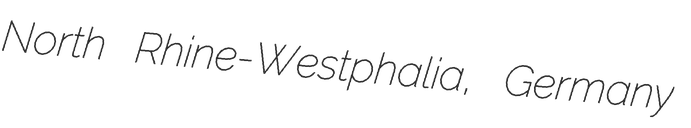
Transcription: North Rhine-Westphalia, Germany